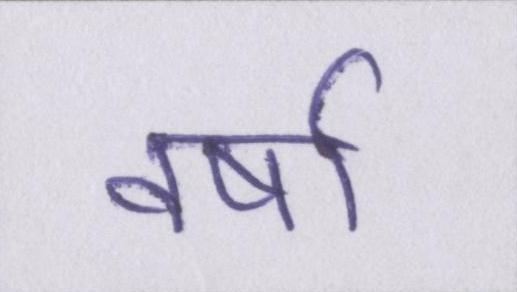
वर्षा